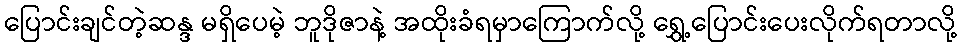
ပြောင်းချင်တဲ့ဆန္ဒ မရှိပေမဲ့ ဘူဒိုဇာနဲ့ အထိုးခံရမှာကြောက်လို့ ရွှေ့ပြောင်းပေးလိုက်ရတာလို့